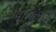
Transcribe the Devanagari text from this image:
ग्वालगीतों